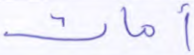
أمات